Annual administration report of the Civil Veterinary Department of India - 1893-1894
Year: 1893
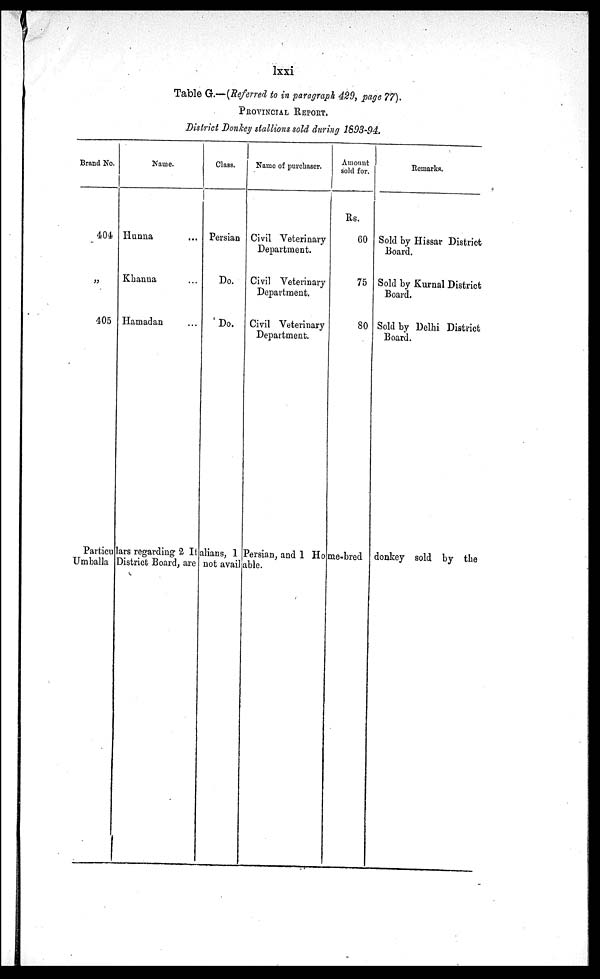
lxxi
Table G.—(Referred to in paragraph 429, page 77).
PROVINCIAL REPORT.
District Donkey stallions sold during 1893-94.
Brand No.
404
„
405
Name.
Hunna ...
Khanna ...
Hamadan ...
Class.
Persian
Do.
Do.
Name of purchaser.
Civil Veterinary
Department.
Civil Veterinary
Department.
Civil Veterinary
Department.
Amount
sold for.
Rs.
60
75
80
Remarks.
Sold by Hissar District
Board.
Sold by Kurnal District
Board.
Sold by Delhi District
Board.
Particulars regarding 2 It alians, 1 Persian, and 1 Home-bred donkey sold by the
Umballa District Board, are not available.